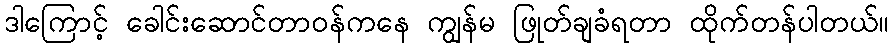
ဒါကြောင့် ခေါင်းဆောင်တာဝန်ကနေ ကျွန်မ ဖြုတ်ချခံရတာ ထိုက်တန်ပါတယ်။